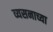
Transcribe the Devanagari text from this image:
व्यसनाच्या